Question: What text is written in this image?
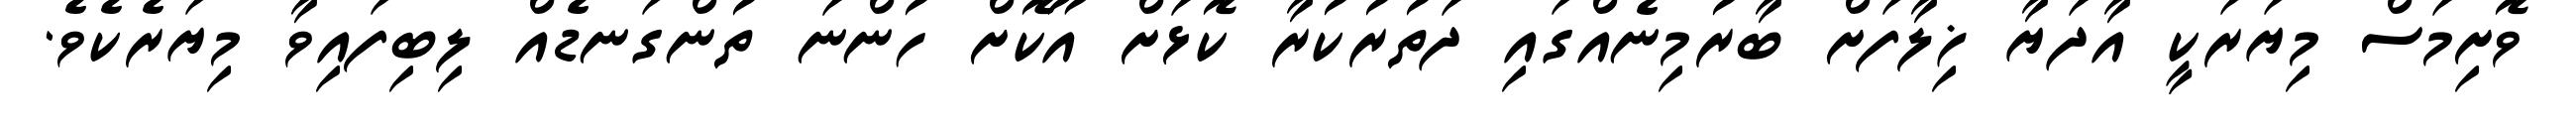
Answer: ވޮށިމަސް މިޔަރަކީ އާދަޔާ ޚިލާފަށް ބާރުމިނެއްގައި ދަތުރުކުރާ ކޮޅަށް އޫކޮށް ހުންނަ ތުންގަނޑެއް ލިބިފައިވާ މިޔަރެކެވެ.